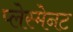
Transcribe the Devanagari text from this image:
प्लेस्मेनट